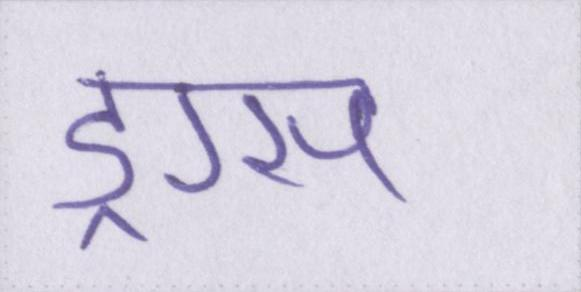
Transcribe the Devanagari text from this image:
ड्रग्स